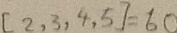
[ 2 , 3 , 4 , 5 ] = 6 0